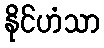
နိုင်ဟံသာ